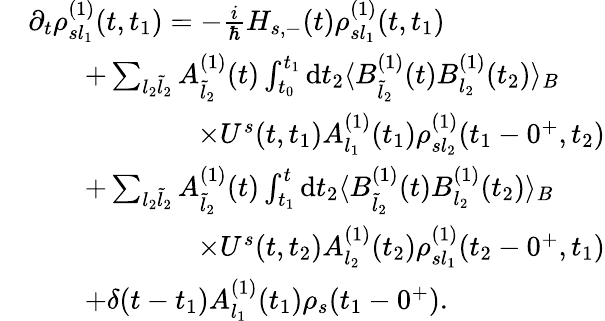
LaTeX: \begin{array}{rl}&{\partial_{t}\rho_{sl_{1}}^{(1)}(t,t_{1})=-\frac{i}{\hbar}H_{s,-}(t)\rho_{sl_{1}}^{(1)}(t,t_{1})}\\ &{\qquad+\sum_{l_{2}\tilde{l}_{2}}A_{\tilde{l}_{2}}^{(1)}(t)\int_{t_{0}}^{t_{1}}\mathrm{d}t_{2}\langle B_{\tilde{l}_{2}}^{(1)}(t)B_{l_{2}}^{(1)}(t_{2})\rangle_{B}}\\ &{\qquad\qquad\qquad\times U^{s}(t,t_{1})A_{l_{1}}^{(1)}(t_{1})\rho_{sl_{2}}^{(1)}(t_{1}-0^{+},t_{2})}\\ &{\qquad+\sum_{l_{2}\tilde{l}_{2}}A_{\tilde{l}_{2}}^{(1)}(t)\int_{t_{1}}^{t}\mathrm{d}t_{2}\langle B_{\tilde{l}_{2}}^{(1)}(t)B_{l_{2}}^{(1)}(t_{2})\rangle_{B}}\\ &{\qquad\qquad\qquad\times U^{s}(t,t_{2})A_{l_{2}}^{(1)}(t_{2})\rho_{sl_{1}}^{(1)}(t_{2}-0^{+},t_{1})}\\ &{\qquad+\delta(t-t_{1})A_{l_{1}}^{(1)}(t_{1})\rho_{s}(t_{1}-0^{+}).}\end{array}